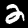
Digit: 2